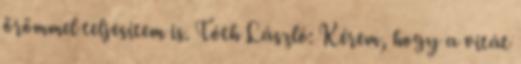
örömmel teljesítem is. Tóth László: Kérem, hogy a vitát